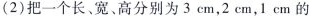
(2)把一个长、宽、高分别为3cm，2cm，1cm的